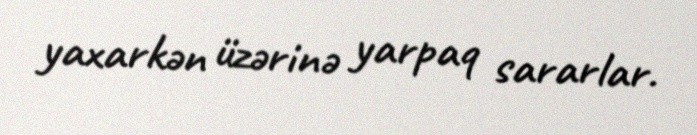
yaxarkən üzərinə yarpaq sararlar.